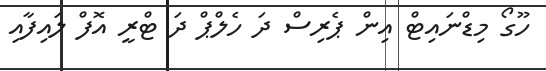
ހޫގޯ މިޑްނައިޓް އިން ޕެރިސް ދަ ހެލްޕް ދަ ޓްރީ އޮފް ލައިފާއި